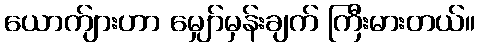
ယောက်ျားဟာ မျှော်မှန်းချက် ကြီးမားတယ်။